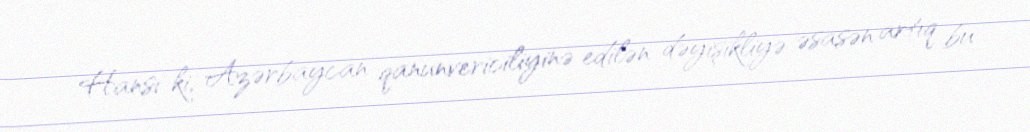
Hansı ki, Azərbaycan qanunvericiliyinə edilən dəyişikliyə əsasən artıq bu